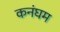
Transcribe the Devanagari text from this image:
कनंघम